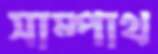
সাম্পাথ